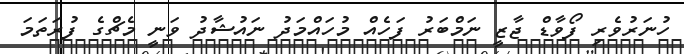
ހުނަރުވެރި ފޯވާޑް ޖާޒީ ނަމްބަރު ފަހެއް މުހައްމަދު ނައުޝާދު ވަނީ މެޗްގެ ފުރަތަމަ